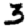
Digit: 3